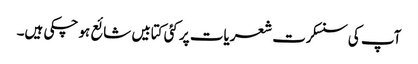
آپ کی سنسکرت شعریات پر کئی کتابیں شائع ہو چکی ہیں۔